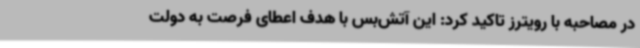
در مصاحبه با رویترز تاکید کرد: این آتش‌بس با هدف اعطای فرصت به دولت